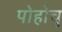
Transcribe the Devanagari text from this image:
पोहोचु